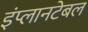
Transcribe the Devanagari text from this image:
इंप्लानटेबल